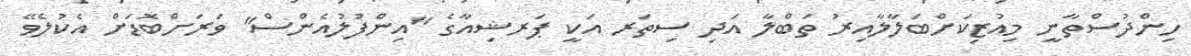
ހިންދުސްތާނީ މިއުޒިކަށްބަލާލާއިރު ތަބްލާ އަދި ސިތަރ އަކީ ޕަރޝިއާގެ "އިންފުލުއެންސް" ވަރަށްބޮޑަށް އެކުލެވޭ